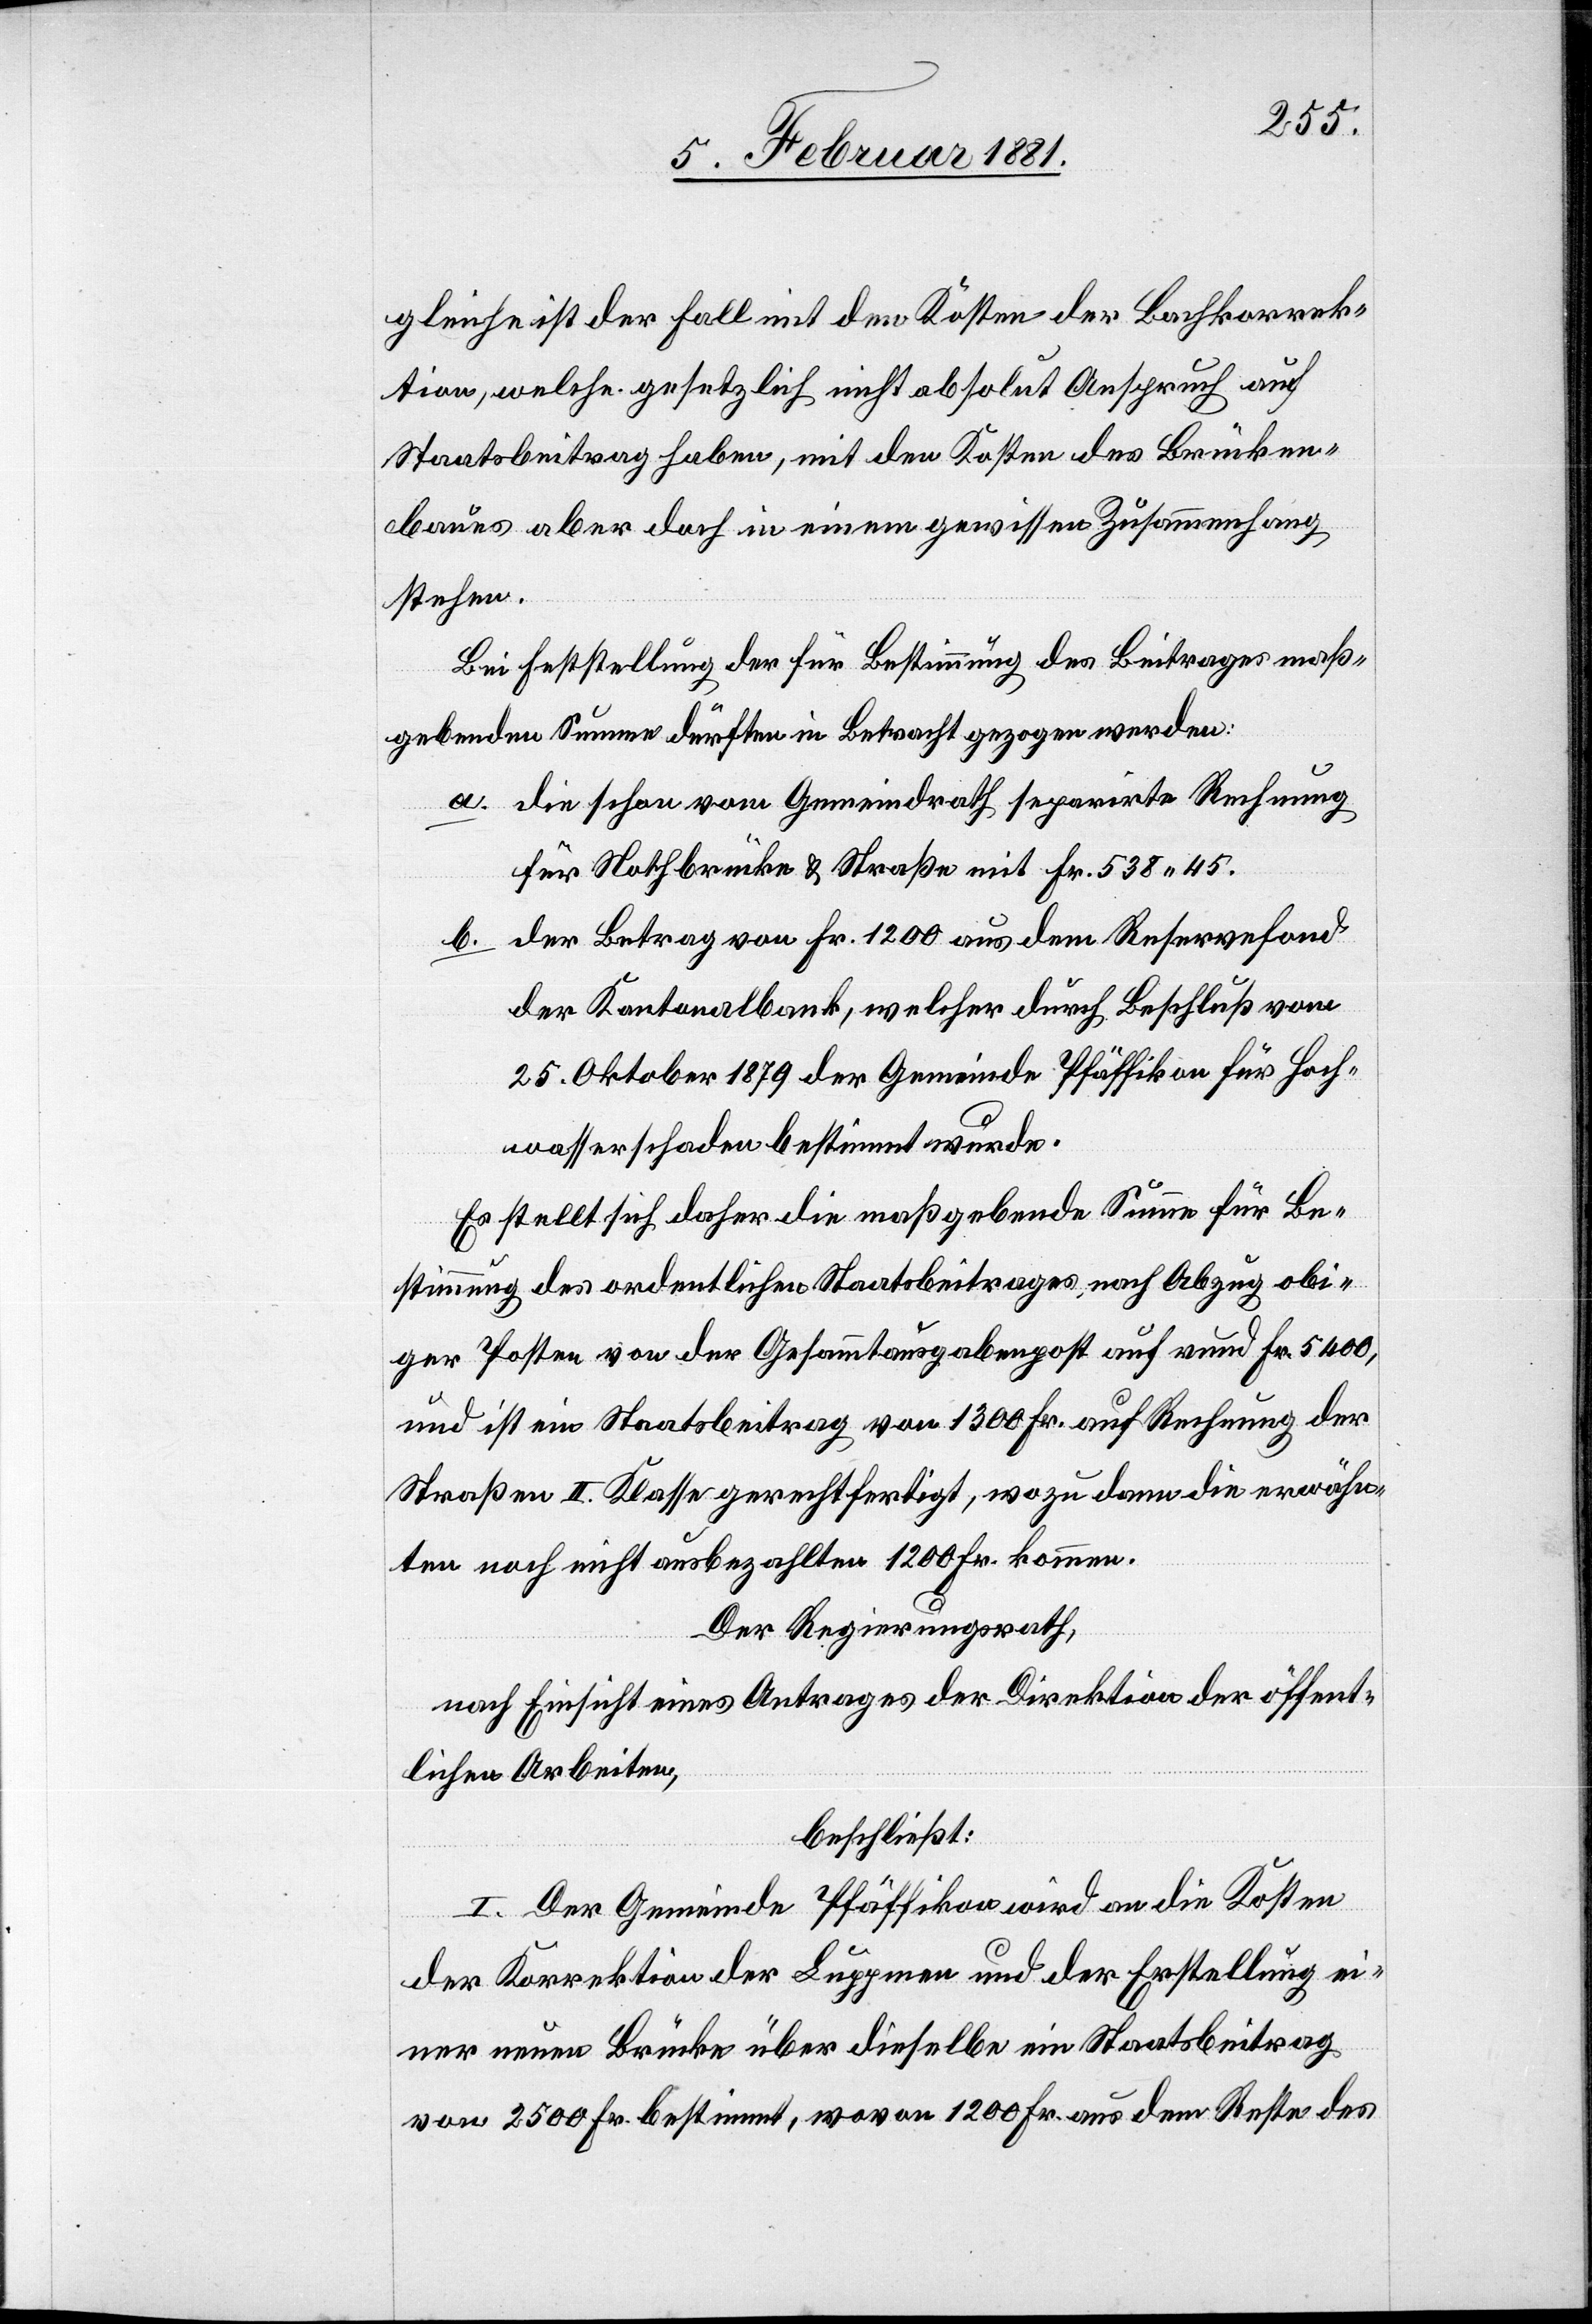
gleiche ist der Fall mit den Kosten der Bachkorrek¬
tion, welche gesetzlich nicht absolut Anspruch auf
Staatsbeitrag haben, mit den Kosten des Brücken¬
baues aber doch in einem gewissen Zusammenhang
stehen.
Bei Feststellung der für Bestimmung des Beitrages maß¬
gebenden Summe dürften in Betracht gezogen werden:
a. die schon vom Gemeindrath separirte Rechnung
für Nothbrücke & Straße mit Fr. 538 45.
b. der Betrag von Fr. 1200 aus dem Reservefond
der Kantonalbank, welcher durch Beschluß vom
25. Oktober 1879 der Gemeinde Pfäffikon für Hoch¬
wasserschaden bestimmt wurde.
Es stellt sich daher die maßgebende Summe für Be¬
stimmung des ordentlichen Staatsbeitrages nach Abzug obi¬
ger Posten von der Gesammtausgabenpost auf rund Fr. 5400,
und ist ein Staatsbeitrag von 1300 Fr. auf Rechnung der
Straßen II. Klasse gerechtfertigt, wozu dann die erwähn¬
ten noch nicht ausbezahlten 1200 Fr. kommen.
Der Regierungsrath,
nach Einsicht eines Antrages der Direktion der öffent¬
lichen Arbeiten,
beschließt:
I. Der Gemeinde Pfäffikon wird an die Kosten
der Korrektion der Luppmen und der Erstellung ei¬
ner neuen Brücke über dieselbe ein Staatsbeitrag
von 2500 Fr. bestimmt, wovon 1200 Fr. aus dem Reste des